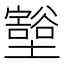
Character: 𫮺